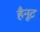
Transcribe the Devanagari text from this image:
हैनूट